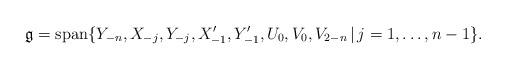
LaTeX: \begin{align*}\mathfrak{g}=\mbox{span}\{Y_{-n},X_{-j},Y_{-j},X^\prime_{-1},Y^\prime_{-1},U_0,V_0,V_{2-n}\,|\,j=1,\ldots,n-1\}.\end{align*}